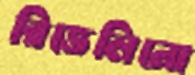
রিভেলিনো